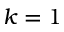
k = 1